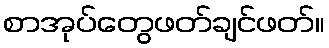
စာအုပ်တွေဖတ်ချင်ဖတ်။